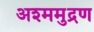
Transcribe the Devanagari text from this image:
अश्ममुद्रण